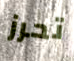
تحرز